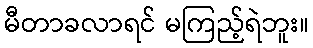
မီတာခလာရင် မကြည့်ရဲဘူး။